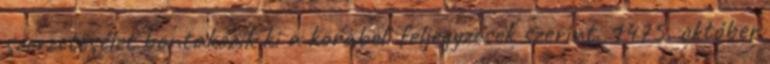
szerzetesélet bontakozik ki a korabeli feljegyzések szerint. 1475. október